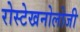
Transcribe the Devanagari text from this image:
रोस्टेखनोलोजी